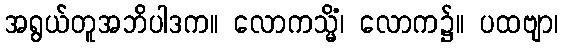
အရွယ်တူအဘိပါဒက။ လောကသ္မိံ၊ လောက၌။ ပထဗျာ၊